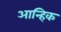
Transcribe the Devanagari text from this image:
आन्हिक